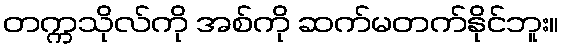
တက္ကသိုလ်ကို အစ်ကို ဆက်မတက်နိုင်ဘူး။